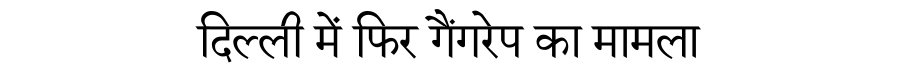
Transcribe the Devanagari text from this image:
दिल्ली में फिर गैंगरेप का मामला